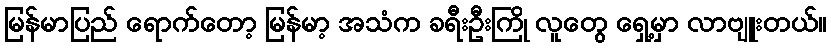
မြန်မာပြည် ရောက်တော့ မြန်မာ့ အသံက ခရီးဦးကြို လူတွေ ရှေ့မှာ လာဗျူးတယ်။